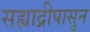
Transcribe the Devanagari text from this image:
सह्याद्रीपासुन